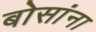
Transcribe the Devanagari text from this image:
बोसांना